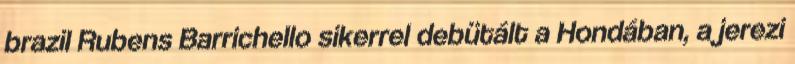
brazil Rubens Barrichello sikerrel debütált a Hondában, a jerezi